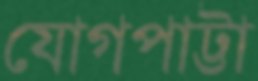
যোগপাট্টা